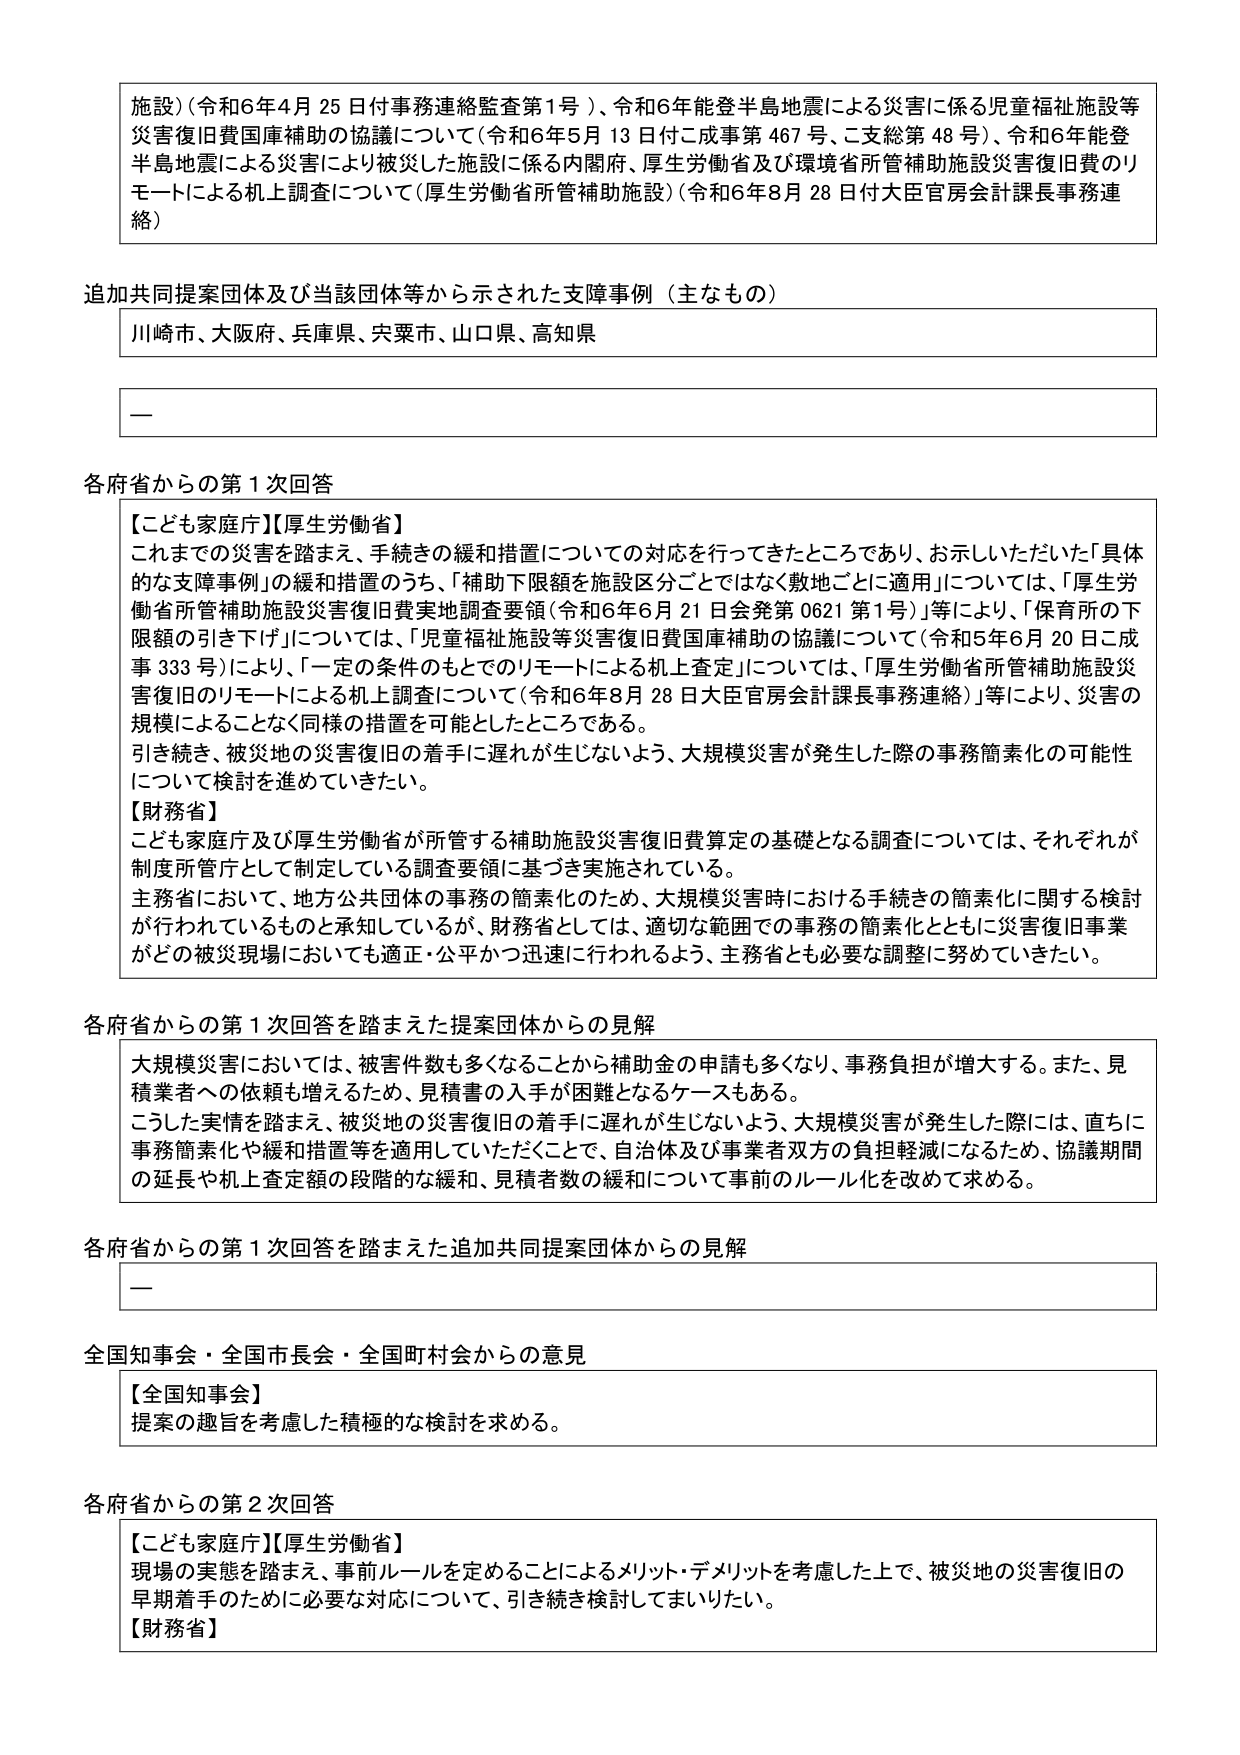
施設）（令和6年4月25日付事務連絡監査第1号）、令和6年能登半島地震による災害に係る児童福祉施設等災害復旧費国庫補助の協議について（令和6年5月13日付ご成事第467号、ご支総第48号）、令和6年能登半島地震による災害により被災した施設に係る内閣府、厚生労働省及び環境省所管補助施設災害復旧費のリモートによる机上調査について（厚生労働省所管補助施設）（令和6年8月28日付大臣官房会計課長事務連絡）

追加共同提案団体及び当該団体等から示された支援事例（主なもの）
川崎市、大阪府、兵庫県、宍粟市、山口県、高知県

—

各府省からの第1次回答
【こども家庭庁】【厚生労働省】
これまでの災害を踏まえ、手続きの緩和措置についての対応を行ってきたところであり、お示しいただいた「具体的な支援事例」の緩和措置のうち、「補助下限額を施設区分ごとではなく敷地ごとに適用」については、「厚生労働省所管補助施設災害復旧費実地調査要領（令和6年6月21日会発第0621第1号）」等により、「保育所の下限額の引き下げ」については、「児童福祉施設等災害復旧費国庫補助の協議について（令和5年6月20日ご成事333号）」により、「一定の条件のもとでのリモートによる机上査定」については、「厚生労働省所管補助施設災害復旧のリモートによる机上調査について（令和6年8月28日大臣官房会計課長事務連絡）」等により、災害の規模によることなく同様の措置を可能としたところである。
引き続き、被災地の災害復旧の着手に遅れが生じないよう、大規模災害が発生した際の事務簡素化の可能性について検討を進めていきたい。
【財務省】
こども家庭庁及び厚生労働省が所管する補助施設災害復旧費算定の基礎となる調査については、それぞれが制度所管庁として制定している調査要領に基づき実施されている。
主務省において、地方公共団体の事務の簡素化のため、大規模災害時における手続きの簡素化に関する検討が行われているものと承知しているが、財務省としては、適切な範囲での事務の簡素化とともに災害復旧事業がどの被災現場においても適正・公平かつ迅速に行われるよう、主務省とも必要な調整に努めていきたい。

各府省からの第1次回答を踏まえた提案団体からの見解
大規模災害においては、被害件数も多くなることから補助金の申請も多くなり、事務負担が増大する。また、見積業者への依頼も増えるため、見積書の入手が困難となるケースもある。
こうした実情を踏まえ、被災地の災害復旧の着手に遅れが生じないよう、大規模災害が発生した際には、直ちに事務簡素化や緩和措置等を適用していただくことで、自治体及び事業者双方の負担軽減になるため、協議期間の延長や机上査定額の段階的な緩和、見積者数の緩和について事前のルール化を改めて求める。

各府省からの第1次回答を踏まえた追加共同提案団体からの見解
—

全国知事会・全国市長会・全国町村会からの意見
【全国知事会】
提案の趣旨を考慮した積極的な検討を求める。

各府省からの第2次回答
【こども家庭庁】【厚生労働省】
現場の実態を踏まえ、事前ルールを定めることによるメリット・デメリットを考慮した上で、被災地の災害復旧の早期着手のために必要な対応について、引き続き検討してまいりたい。
【財務省】